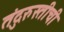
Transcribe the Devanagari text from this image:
तंदुरुस्तीची